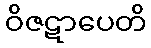
ဝိဇဋာပေတိ